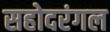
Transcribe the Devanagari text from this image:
सहोदरंगल